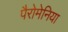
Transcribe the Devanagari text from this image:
पैरोमेनिया